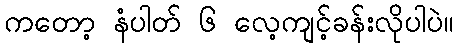
ကတော့ နံပါတ် ၆ လေ့ကျင့်ခန်းလိုပါပဲ။